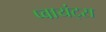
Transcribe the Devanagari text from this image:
प्वायंट्स